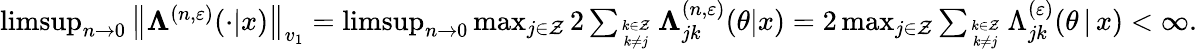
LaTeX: \begin{array}{r}{\operatorname*{limsup}_{n\to 0}\big\| \mathbb{\Lambda}^{(n,\varepsilon)}(\cdot|x)\big\| _{v_{1}}=\operatorname*{limsup}_{n\to 0}\operatorname*{max}_{j\in\mathcal{Z}}2\sum_{k\in\mathcal{Z}\atop k\neq j}\mathbb{\Lambda}_{jk}^{(n,\varepsilon)}(\theta|x)=2\operatorname*{max}_{j\in\mathcal{Z}}\sum_{k\in\mathcal{Z}\atop k\neq j}\Lambda_{jk}^{(\varepsilon)}(\theta\, |\, x)<\infty.}\end{array}